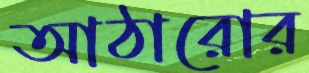
আঠারোর